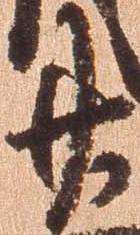
廿